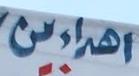
اهراىن